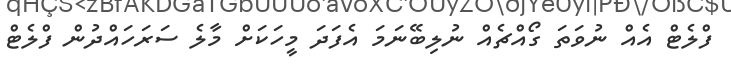
ފްލެޓް އެއް ނުވަތަ ގޯއްޗެއް ނުލިބޭނަމަ އެފަދަ މީހަކަށް މާލެ ސަރަހައްދުން ފްލެޓް